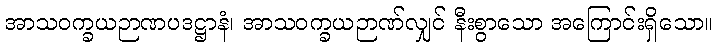
အာသဝက္ခယဉာဏပဒဋ္ဌာနံ၊ အာသဝက္ခယဉာဏ်လျှင် နီးစွာသော အကြောင်းရှိသော။